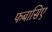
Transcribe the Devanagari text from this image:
फबासिए